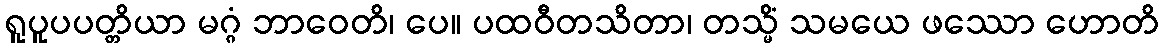
ရူပူပပတ္တိယာ မဂ္ဂံ ဘာဝေတိ၊ ပေ။ ပထဝီတသိတာ၊ တသ္မိံ သမယေ ဖဿော ဟောတိ